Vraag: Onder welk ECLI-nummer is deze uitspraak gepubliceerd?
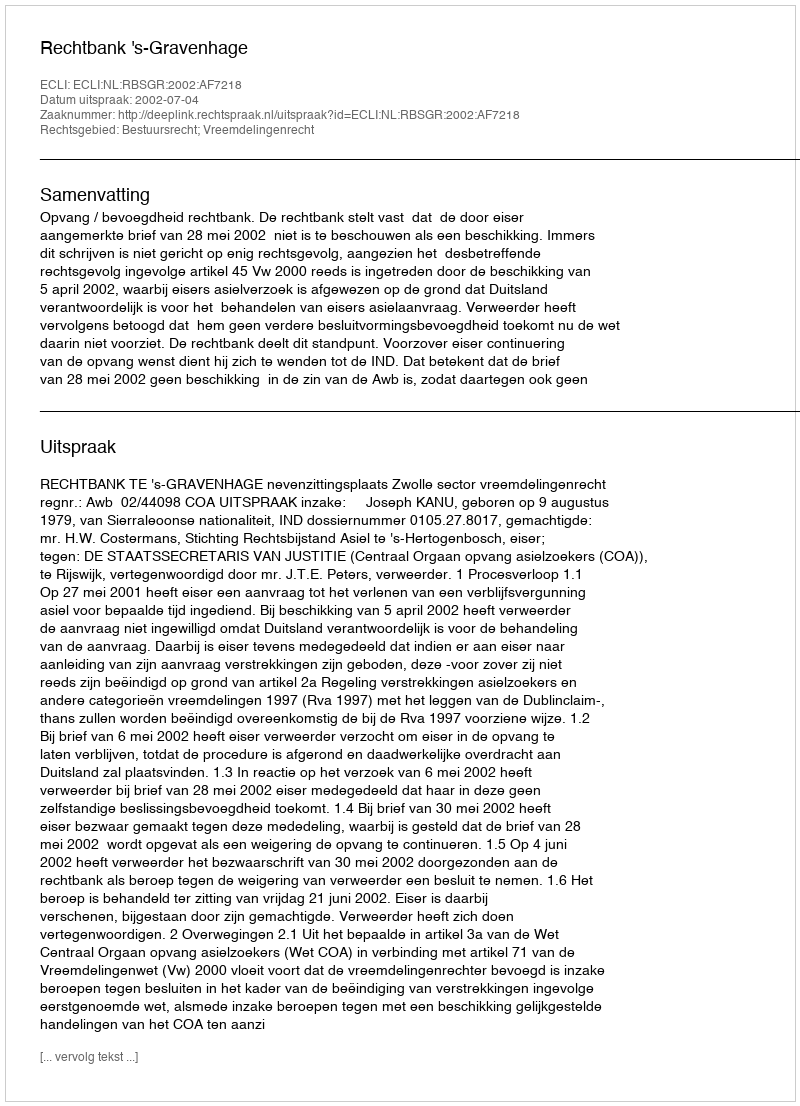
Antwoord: ECLI:NL:RBSGR:2002:AF7218